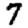
Digit: 7